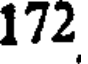
172